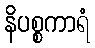
နိပစ္စကာရံ